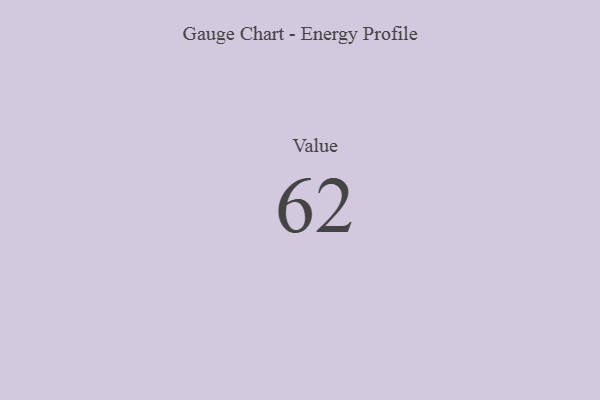
{"axis": {"x": "Metric", "y": "Value"}, "legend": [""], "data": [{"x": "Value", "y": 62, "type": ""}]}